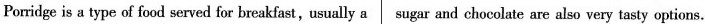
Porridge is a type of food served for breakfast,usually a sugar and chocolate are also very tasty options.